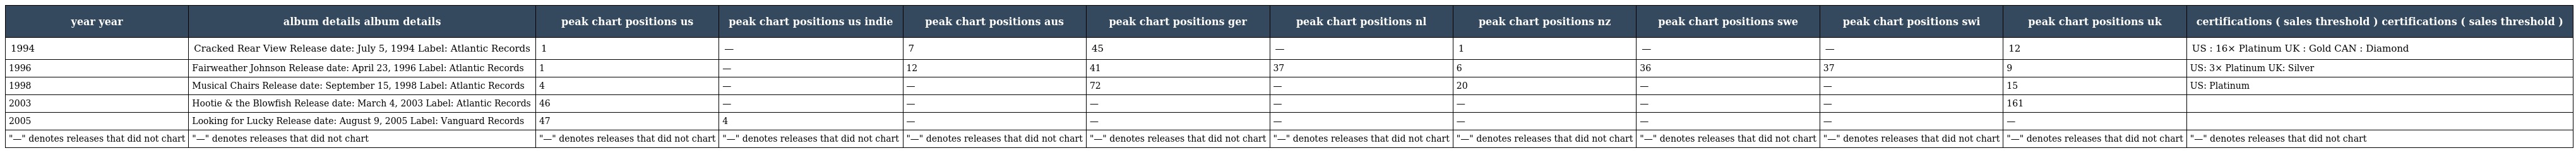
| year year | album details album details | peak chart positions us | peak chart positions us indie | peak chart positions aus | peak chart positions ger | peak chart positions nl | peak chart positions nz | peak chart positions swe | peak chart positions swi | peak chart positions uk | certifications ( sales threshold ) certifications ( sales threshold ) |
 | --- | --- | --- | --- | --- | --- | --- | --- | --- | --- | --- | --- |
 | 1994 | Cracked Rear View Release date: July 5, 1994 Label: Atlantic Records | 1 | — | 7 | 45 | — | 1 | — | — | 12 | US : 16× Platinum UK : Gold CAN : Diamond |
 | 1996 | Fairweather Johnson Release date: April 23, 1996 Label: Atlantic Records | 1 | — | 12 | 41 | 37 | 6 | 36 | 37 | 9 | US: 3× Platinum UK: Silver |
 | 1998 | Musical Chairs Release date: September 15, 1998 Label: Atlantic Records | 4 | — | — | 72 | — | 20 | — | — | 15 | US: Platinum |
 | 2003 | Hootie & the Blowfish Release date: March 4, 2003 Label: Atlantic Records | 46 | — | — | — | — | — | — | — | 161 |  |
 | 2005 | Looking for Lucky Release date: August 9, 2005 Label: Vanguard Records | 47 | 4 | — | — | — | — | — | — | — |  |
 | "—" denotes releases that did not chart | "—" denotes releases that did not chart | "—" denotes releases that did not chart | "—" denotes releases that did not chart | "—" denotes releases that did not chart | "—" denotes releases that did not chart | "—" denotes releases that did not chart | "—" denotes releases that did not chart | "—" denotes releases that did not chart | "—" denotes releases that did not chart | "—" denotes releases that did not chart | "—" denotes releases that did not chart |